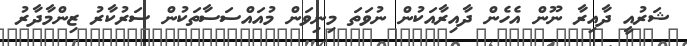
ޝަރުއީ ދާއިރާ ނޫން އެހެން ދާއިރާއަކުން ނުވަތަ މިނިވަން މުއައްސަސާތަކުން ސަރުކާރު ޒިންމާދާރު